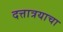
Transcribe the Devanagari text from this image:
दत्तात्रयाचा